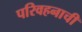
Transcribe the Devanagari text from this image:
परिवहनाची